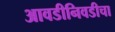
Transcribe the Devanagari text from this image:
आवडीनिवडीचा